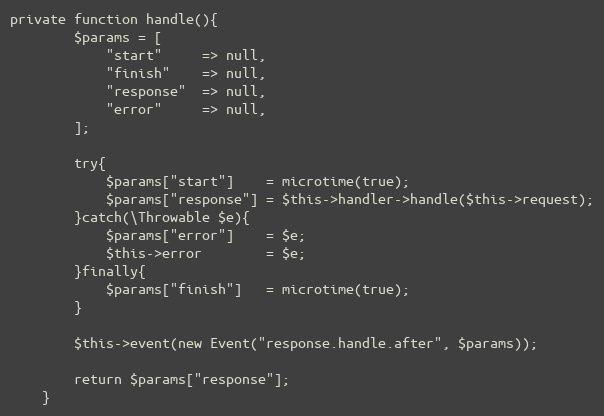
Language: PHP
private function handle(){
        $params = [
            "start"     => null,
            "finish"    => null,
            "response"  => null,
            "error"     => null,
        ];

        try{
            $params["start"]    = microtime(true);
            $params["response"] = $this->handler->handle($this->request);
        }catch(\Throwable $e){
            $params["error"]    = $e;
            $this->error        = $e;
        }finally{
            $params["finish"]   = microtime(true);
        }

        $this->event(new Event("response.handle.after", $params));

        return $params["response"];
    }